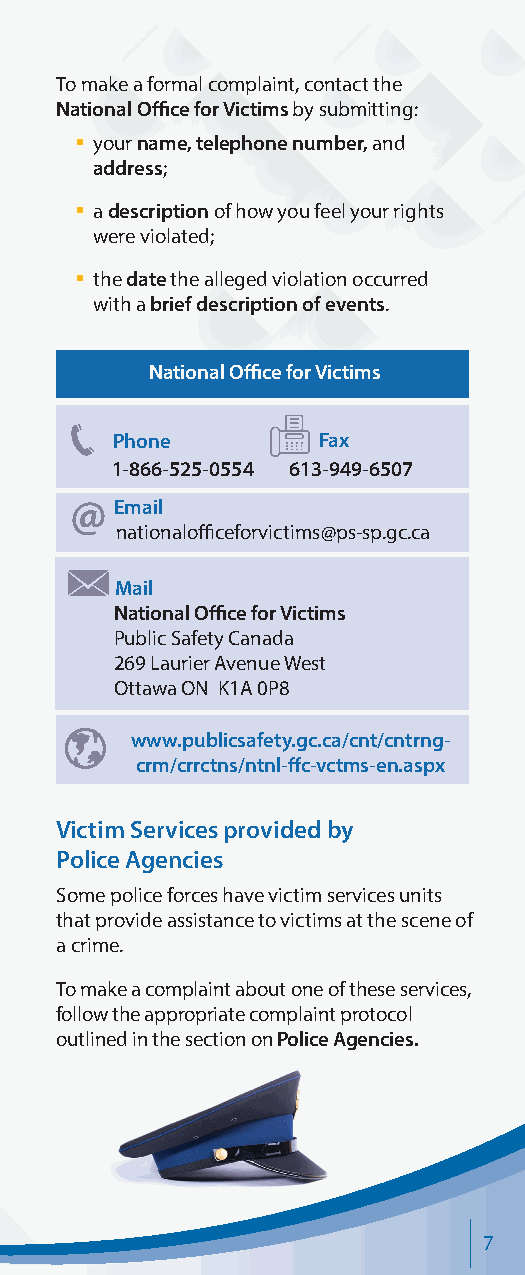
To make a formal complaint, contact the
 National Office for Victims by submitting:
 § y our name, telephone number, and
 address;
 § a description of how you feel your rights
 were violated;
 § the date the alleged violation occurred
 with a brief description of events.
 National Office for Victims
 Phone         Fax
 1-866-525-0554 613-949-6507
 Email
 nationalofficeforvictims@ps-sp.gc.ca
 Mail
 National Office for Victims
 Public Safety Canada
 269 Laurier Avenue West
 Ottawa ON K1A 0P8
 www.publicsafety.gc.ca/cnt/cntrng-
 crm/crrctns/ntnl-ffc-vctms-en.aspx
 Victim Services provided by
 Police Agencies
 Some police forces have victim services units
 that provide assistance to victims at the scene of
 a crime.
 To make a complaint about one of these services,
 follow the appropriate complaint protocol
 outlined in the section on Police Agencies.
 7